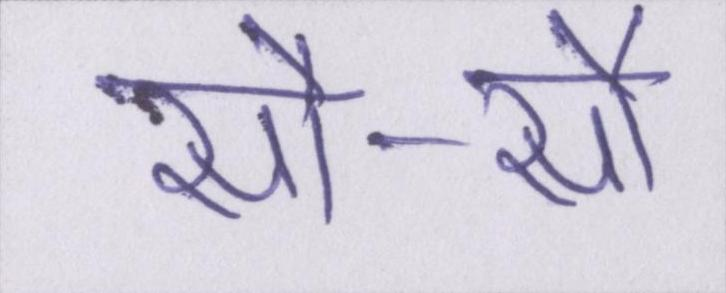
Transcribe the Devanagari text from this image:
सौ-सौ